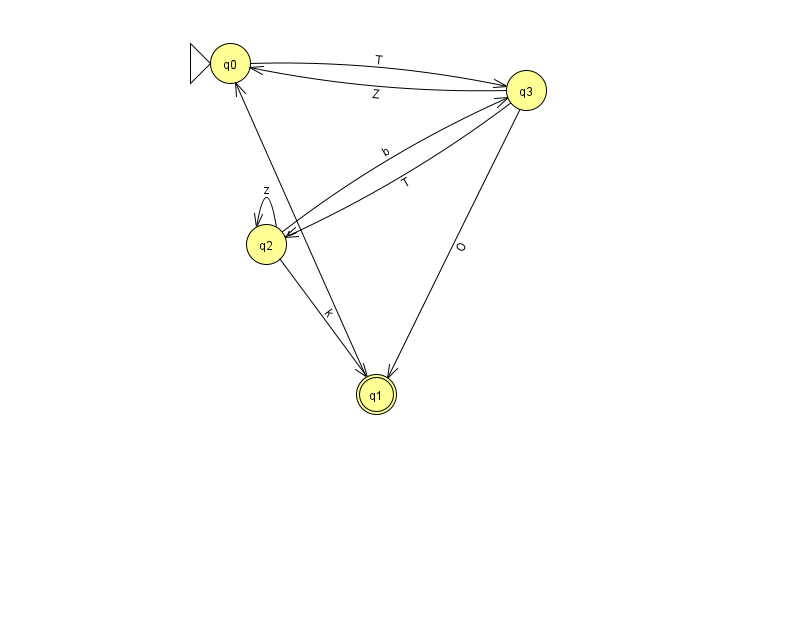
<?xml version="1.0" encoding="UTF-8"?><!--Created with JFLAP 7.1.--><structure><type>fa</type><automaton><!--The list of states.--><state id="0" name="q0"><x>230.0</x><y>50.0</y><initial/></state><state id="1" name="q1"><x>376.0</x><y>381.0</y><final/></state><state id="2" name="q2"><x>266.0</x><y>231.0</y></state><state id="3" name="q3"><x>526.0</x><y>77.0</y></state><!--The list of transitions.--><transition><from>3</from><to>2</to><read>T</read></transition><transition><from>3</from><to>0</to><read>Z</read></transition><transition><from>2</from><to>1</to><read>k</read></transition><transition><from>3</from><to>1</to><read>O</read></transition><transition><from>2</from><to>3</to><read>b</read></transition><transition><from>1</from><to>0</to><read>J</read></transition><transition><from>2</from><to>2</to><read>z</read></transition><transition><from>0</from><to>3</to><read>T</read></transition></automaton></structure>